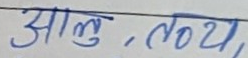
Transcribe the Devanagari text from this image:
आलु, तथा